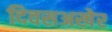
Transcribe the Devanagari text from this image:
दिवसअखेर